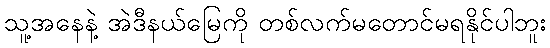
သူ့အနေနဲ့ အဲဒီနယ်မြေကို တစ်လက်မတောင်မရနိုင်ပါဘူး